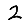
Digit: 2